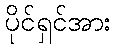
ပိုင်ရှင်အား